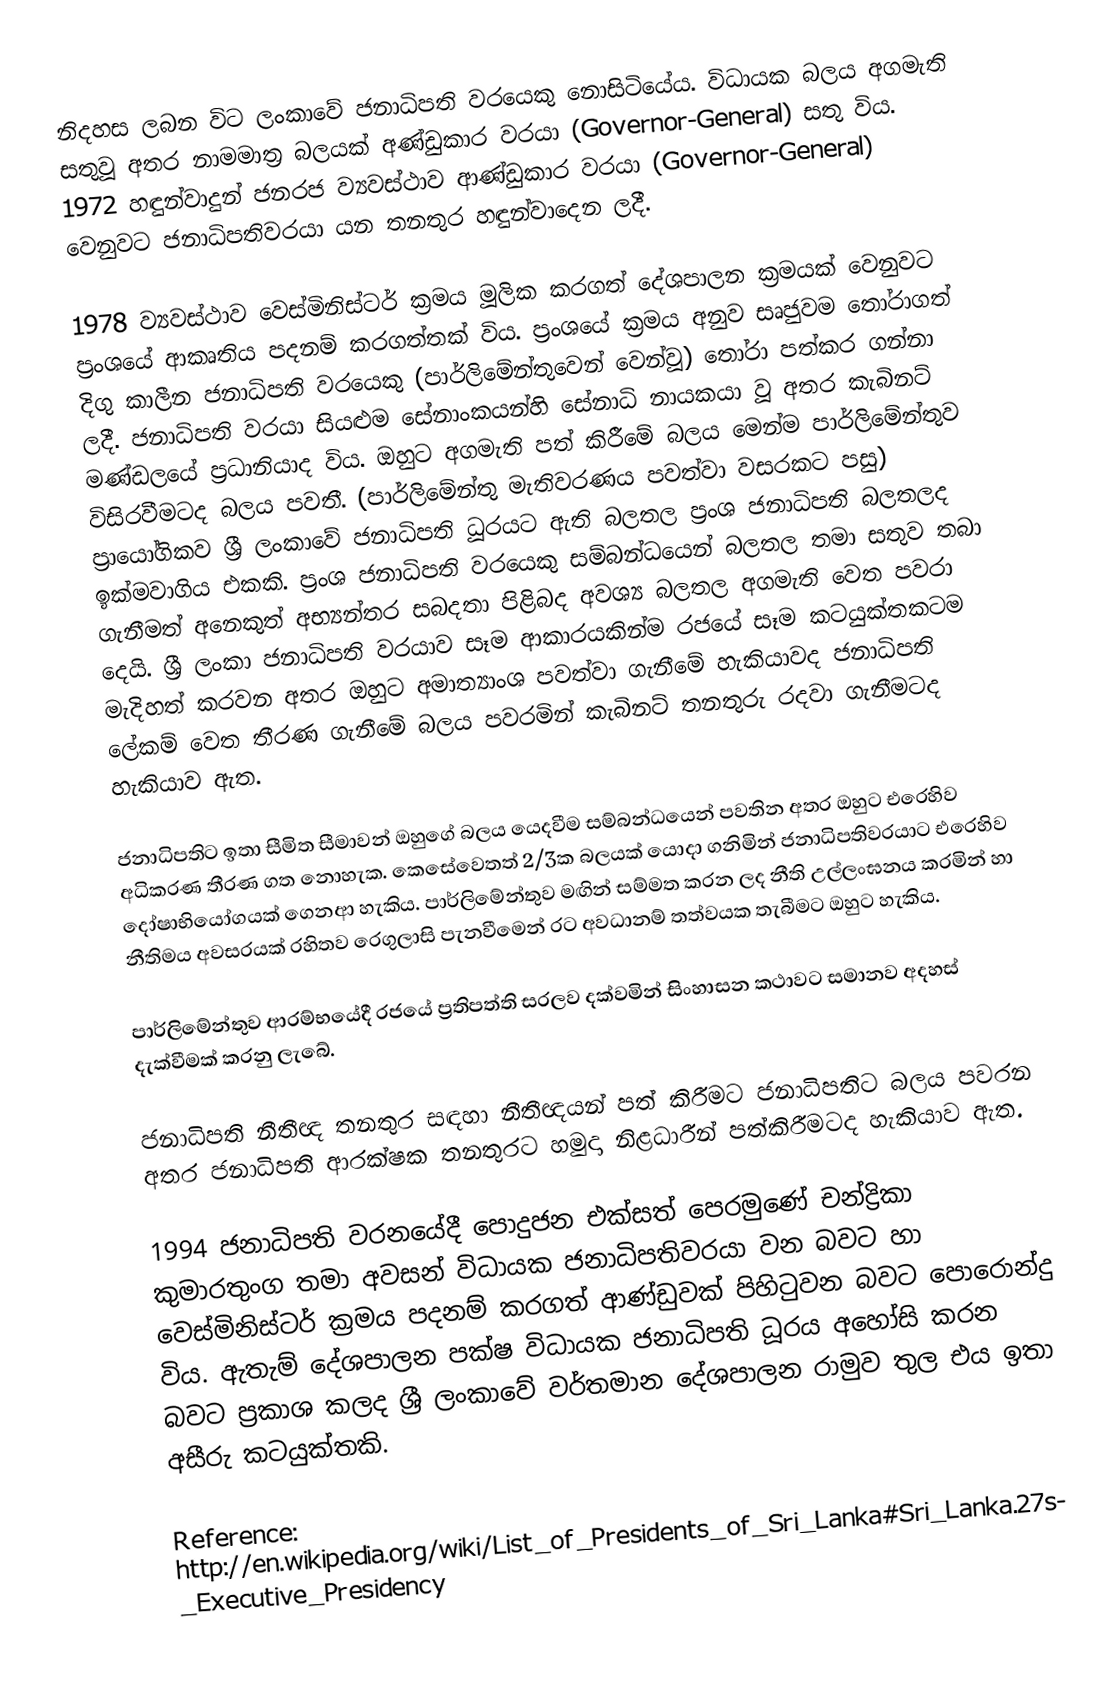
නිදහස ලබන විට ලංකාවේ ජනාධිපති වරයෙකු නොසිටියේය.  විධායක බලය අගමැති සතුවූ අතර නාමමාත්‍ර බලයක් අණ්ඩුකාර වරයා (Governor-General) සතු විය.  1972 හඳුන්වාදුන් ජනරජ ව්‍යවස්ථාව ආණ්ඩුකාර වරයා (Governor-General) වෙනුවට ජනාධිපතිවරයා යන තනතුර හඳුන්වාදෙන ලදී.

1978 ව්‍යවස්ථාව වෙස්මිනිස්ටර් ක්‍රමය මූලික කරගත් දේශපාලන ක්‍රමයක් වෙනුවට ප්‍රංශයේ ආකෘතිය පදනම් කරගත්තක් විය.   ප්‍රංශයේ ක්‍රමය අනුව සෘජුවම තෝරාගත් දිගු කාලීන ජනාධිපති වරයෙකු (පාර්ලිමේන්තුවෙන් වෙන්වූ) තෝරා පත්කර ගන්නා ලදී.  ජනාධිපති වරයා සියළුම සේනාංකයන්‍හි සේනාධි නායකයා වූ අතර කැබිනට් මණ්ඩලයේ ප්‍රධානියාද විය.  ඔහුට අගමැති පත් කිරීමේ බලය මෙන්ම පාර්ලිමේන්තුව විසිරවීමටද බලය පවතී.  (පාර්ලිමේන්තු මැතිවරණය පවත්වා වසරකට පසු) ප්‍රායෝගිකව ශ්‍රී ලංකාවේ ජනාධිපති ධූරයට ඇති බලතල ප්‍රංශ ජනාධිපති බලතලද ඉක්මවාගිය එකකි.  ප්‍රංශ ජනාධිපති වරයෙකු සම්බන්ධයෙන් බලතල තමා සතුව තබා ගැනීමත් අනෙකුත් අභ්‍යන්තර සබදතා පිළිබද අවශ්‍ය බලතල අගමැති වෙත පවරා දෙයි.  ශ්‍රී ලංකා ජනාධිපති වරයාව සෑම ආකාරයකින්ම රජයේ සෑම කටයුක්තකටම මැදිහත් කරවන අතර ඔහුට අමාත්‍යාංශ පවත්වා ගැනීමේ හැකියාවද ජනාධිපති ලේකම් වෙත තීරණ ගැනීමේ බලය පවරමින් කැබිනට් තනතුරු රදවා ගැනීමටද හැකියාව ඇත.

ජනාධිපතිට ඉතා සීමිත සීමාවන් ඔහුගේ බලය යෙදවීම සම්බන්ධයෙන් පවතින අතර ඔහුට එරෙහිව අධිකරණ තීරණ ගත නොහැක.  කෙසේවෙතත් 2/3ක බලයක් යොදා ගනිමින් ජනාධිපතිවරයාට එරෙහිව දෝෂාභියෝගයක් ගෙනආ හැකිය. පාර්ලිමේන්තුව මඟින් සම්මත කරන ලද නීති උල්ලංඝනය කරමින් හා නීතිමය අවසරයක් රහිතව රෙගුලාසි පැනවීමෙන් රට අවධානම් තත්වයක තැබීමට ඔහුට හැකිය.

පාර්ලිමේන්තුව ආරම්භයේදී රජයේ ප්‍රතිපත්ති සරලව දක්වමින් සිංහාසන කථාවට සමානව අදහස් දැක්වීමක් කරනු ලැබේ.

ජනාධිපති නීතීඥ තනතුර සඳහා නීතීඥයන් පත් කිරීමට ජනාධිපතිට බලය පවරන අතර ජනාධිපති ආරක්ෂක තනතුරට හමුදා නිළධාරීන් පත්කිරීමටද හැකියාව ඇත.

1994 ජනාධිපති වරනයේදී පොදුජන එක්සත් පෙරමුණේ චන්ද්‍රිකා කුමාරතුංග තමා අවසන් විධායක ජනාධිපතිවරයා වන බවට හා වෙස්මිනිස්ටර් ක්‍රමය පදනම් කරගත් ආණ්ඩුවක් පිහිටුවන බවට පොරොන්දු විය.  ඇතැම් දේශපාලන පක්ෂ විධායක ජනාධිපති ධූරය අහෝසි කරන බවට ප්‍රකාශ කලද ශ්‍රී ලංකාවේ වර්තමාන දේශපාලන රාමුව තුල එය ඉතා අසීරු කටයුක්තකි.

Reference: http://en.wikipedia.org/wiki/List_of_Presidents_of_Sri_Lanka#Sri_Lanka.27s_Executive_Presidency